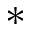
*